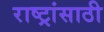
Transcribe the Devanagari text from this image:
राष्ट्रांसाठी